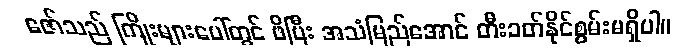
ဇော်သည် ကြိုးများပေါ်တွင် ဖိပြီး အသံမြည်အောင် တီးခတ်နိုင်စွမ်းမရှိပါ။